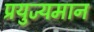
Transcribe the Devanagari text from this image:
प्रयुज्यमान